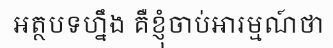
អត្ថបទហ្នឹង គឺខ្ញុំចាប់អារម្មណ៍ថា